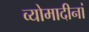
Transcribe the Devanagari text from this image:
व्योमादीनां